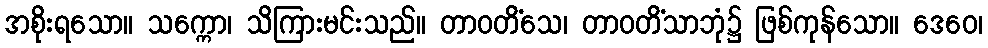
အစိုးရသော။ သက္ကော၊ သိကြားမင်းသည်။ တာဝတိံသေ၊ တာဝတိံသာဘုံ၌ ဖြစ်ကုန်သော။ ဒေဝေ၊